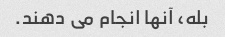
بله، آنها انجام می دهند.